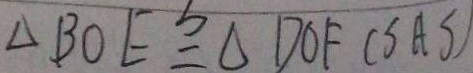
\Delta B O E \cong \Delta D O F ( S A S )